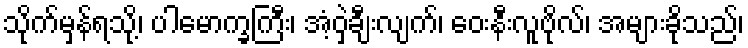
သိုက်မှန်ရသို့၊ ပါမောက္ခကြီး၊ အံ့ဝှဲချီးလျက်၊ ဝေးနီးလူဗိုလ်၊ အများခိုသည်၊